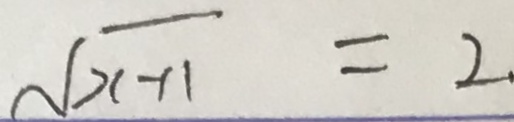
\sqrt { x - 1 1 } = 2